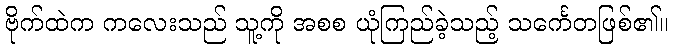
ဗိုက်ထဲက ကလေးသည် သူ့ကို အစစ ယုံကြည်ခဲ့သည့် သင်္ကေတဖြစ်၏။